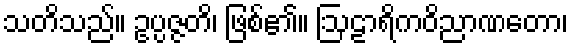
သတိသည်။ ဥပ္ပဇ္ဇတိ၊ ဖြစ်၏။ ဩဠာရိကဝိညာဏတော၊